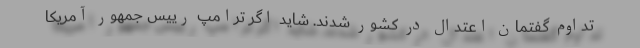
تداوم گفتمان اعتدال در کشور شدند. شاید اگر ترامپ رییس جمهور آمریکا